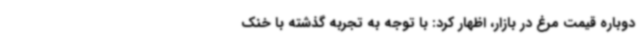
دوباره قیمت مرغ در بازار، اظهار کرد: با توجه به تجربه گذشته با خنک